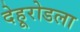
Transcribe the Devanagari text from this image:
देहूरोडला